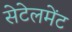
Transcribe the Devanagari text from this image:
सेटेलमेंट